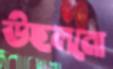
উছলনো